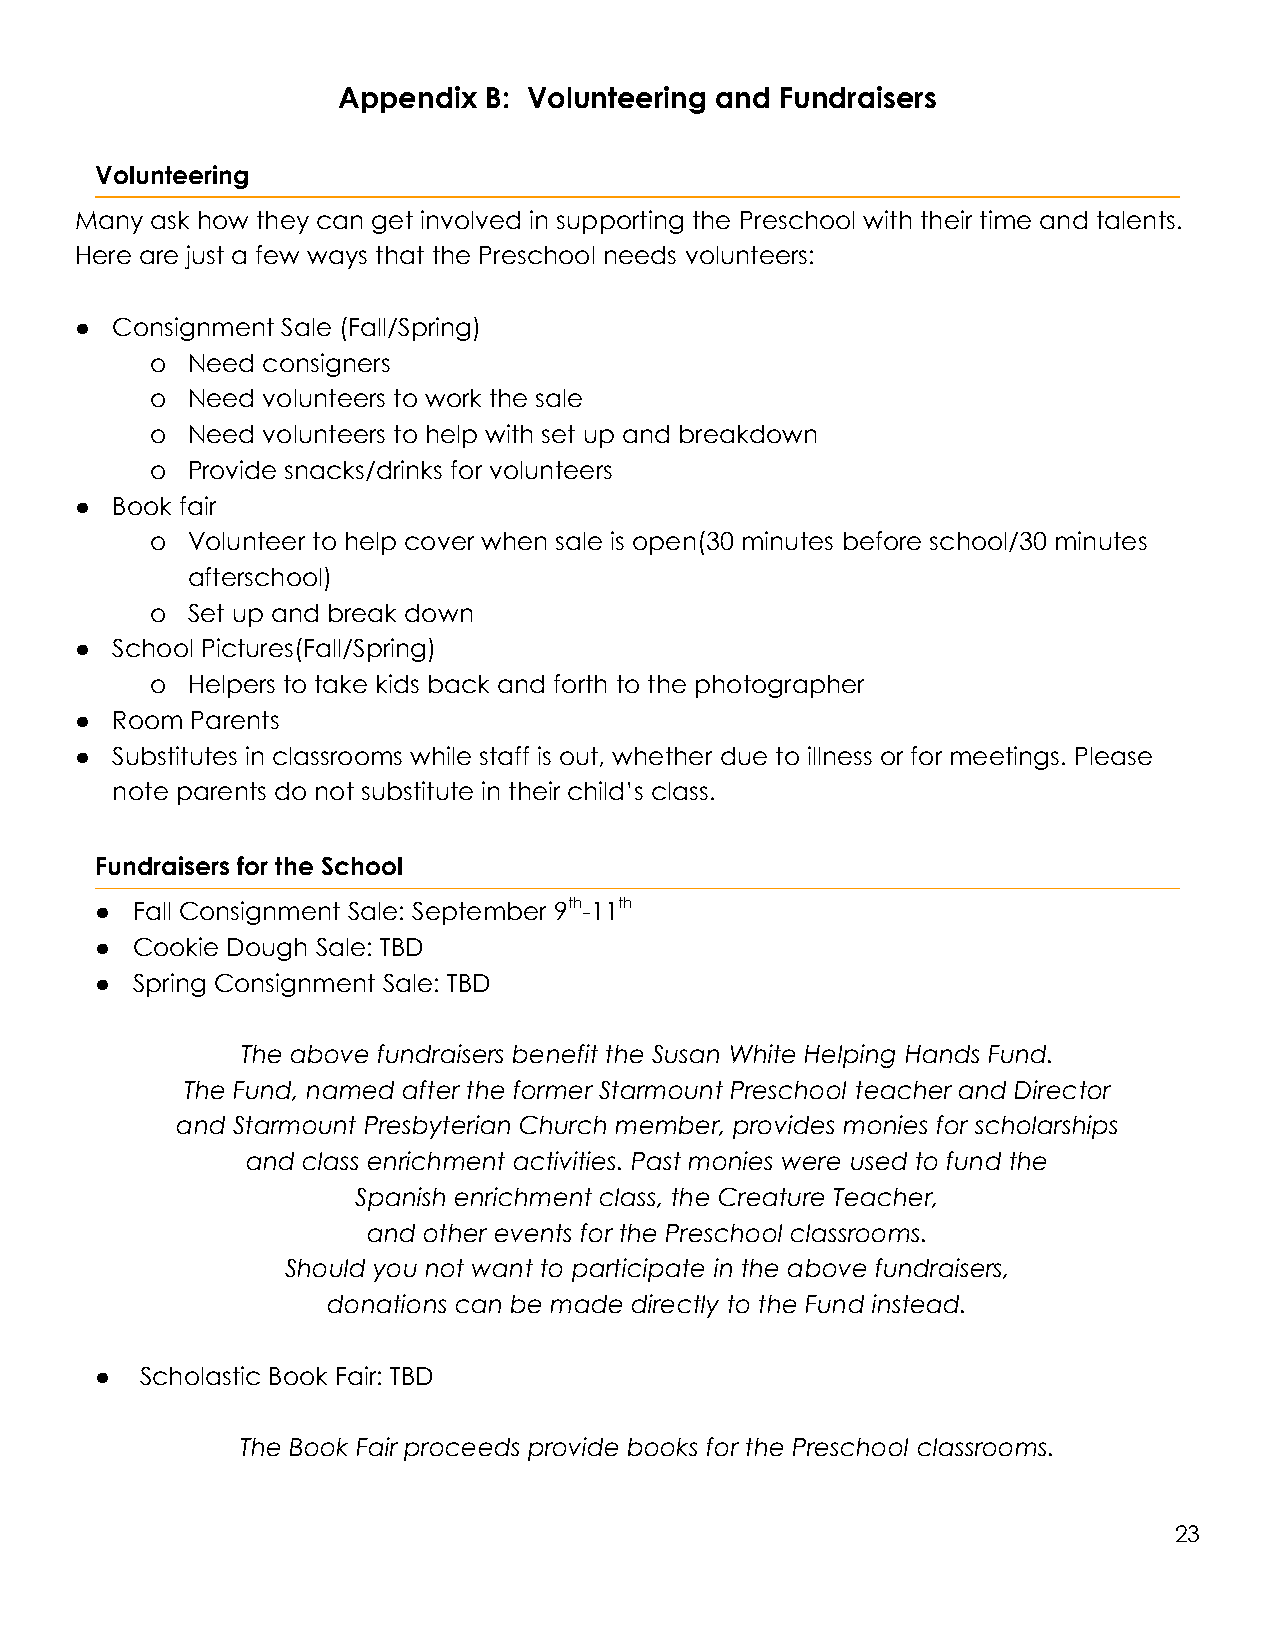
Appendix  B: Volunteering and Fundraisers
 Volunteering
 Many ask how they can get involved in supporting the Preschool with their time and talents.
 Here are just a few ways that the Preschool needs volunteers:
 ● Consignment Sale (Fall/Spring)
 o Need consigners
 o Need volunteers to work the sale
 o Need volunteers to help with set up and breakdown
 o Provide snacks/drinks for volunteers
 ● Book fair
 o Volunteer to help cover when sale is open(30 minutes before school/30 minutes
 afterschool)
 o Set up and break down
 ● School Pictures(Fall/Spring)
 o Helpers to take kids back and forth to the photographer
 ● Room  Parents
 ● Substitutes in classrooms while staff is out, whether due to illness or for meetings. Please
 note parents do not substitute in their child’s class.
 Fundraisers for the School
 ●  Fall Consignment Sale: September 9th-11th
 ●  Cookie Dough Sale: TBD
 ●  Spring Consignment Sale: TBD
 The above fundraisers benefit the Susan White Helping Hands Fund.
 The Fund, named after the former Starmount Preschool teacher and Director
 and Starmount Presbyterian Church member, provides monies for scholarships
 and class enrichment activities. Past monies were used to fund the
 Spanish enrichment class, the Creature Teacher,
 and other events for the Preschool classrooms.
 Should you not want to participate in the above fundraisers,
 donations can be made directly to the Fund instead.
 ●  Scholastic Book Fair: TBD
 The Book Fair proceeds provide books for the Preschool classrooms.
 23